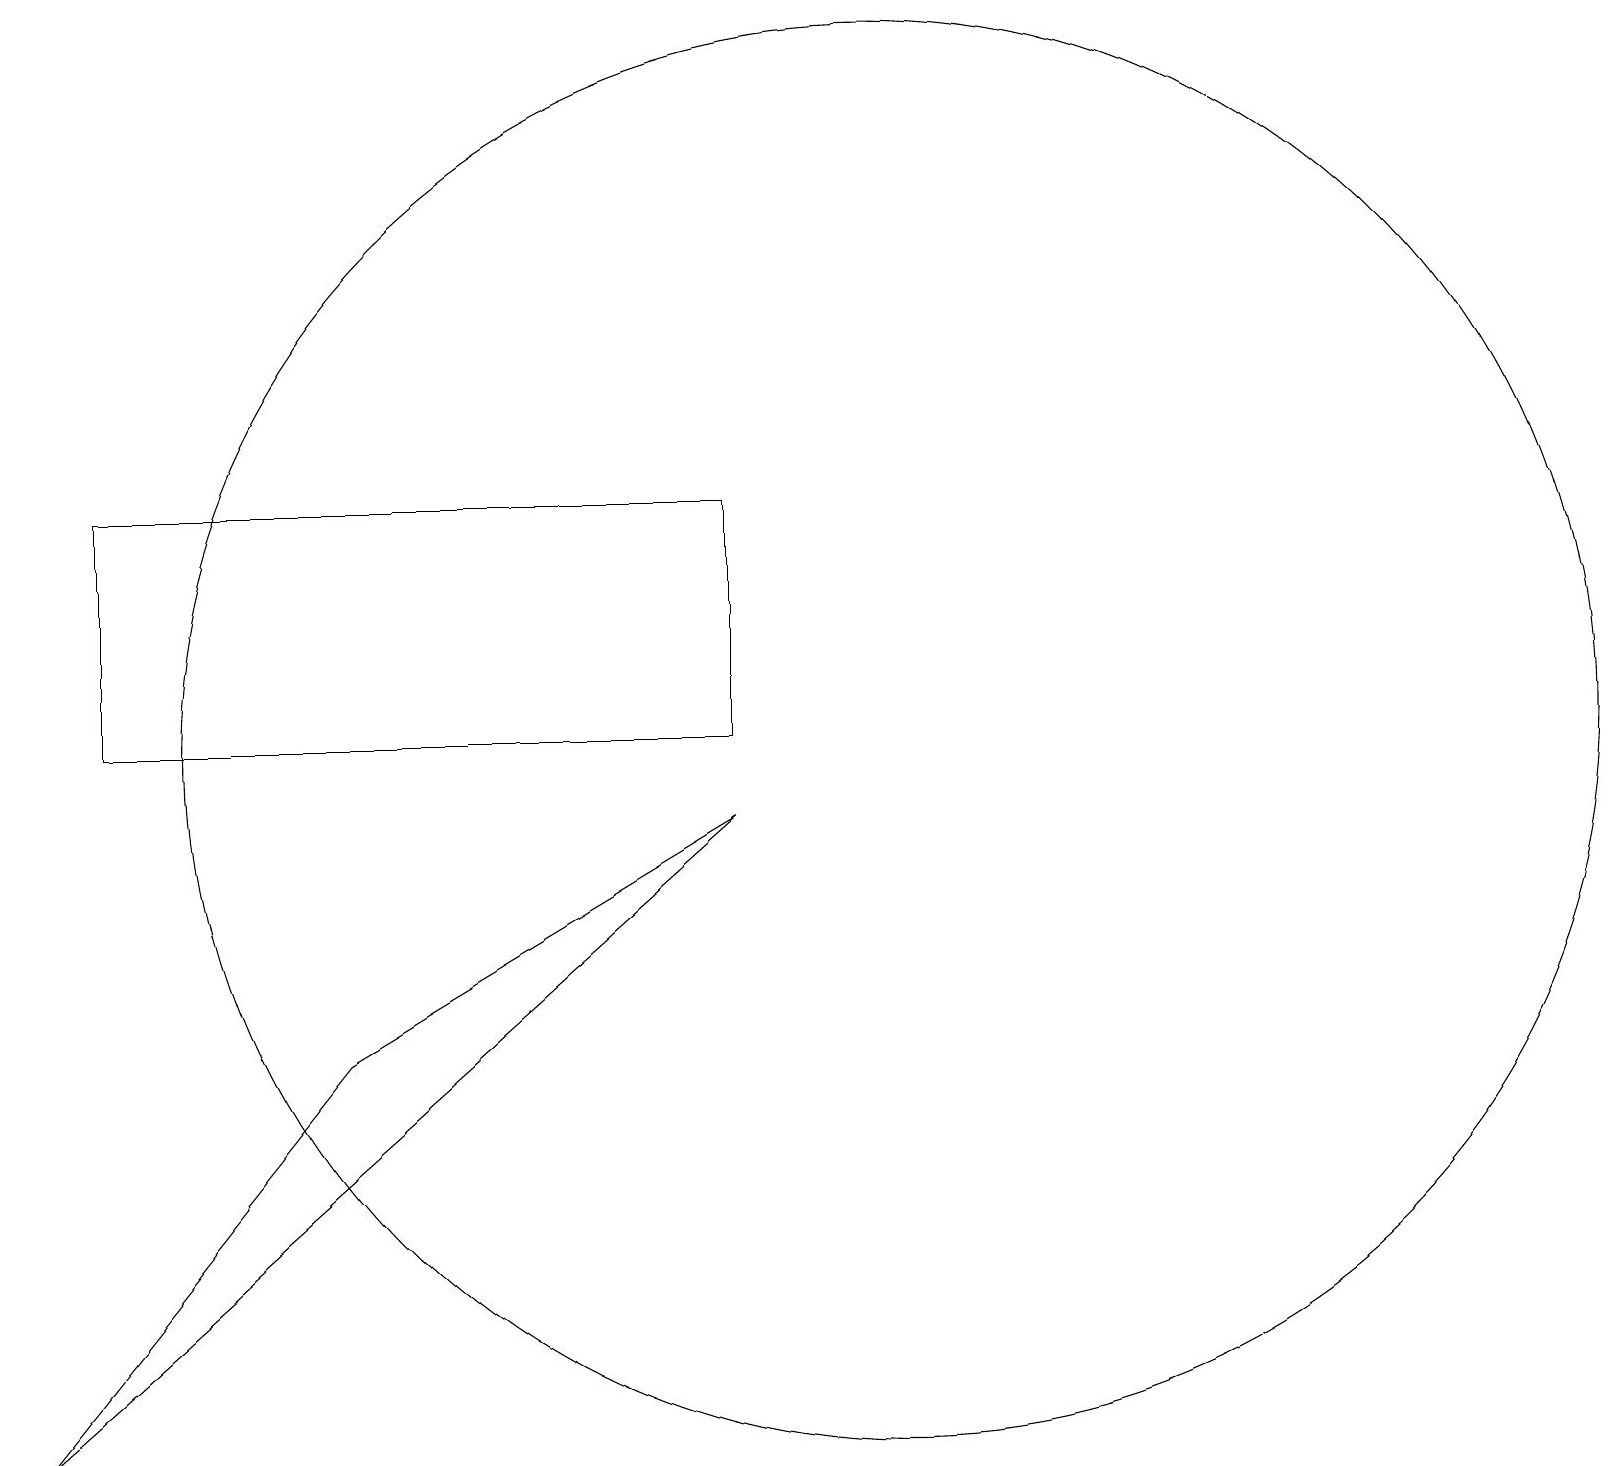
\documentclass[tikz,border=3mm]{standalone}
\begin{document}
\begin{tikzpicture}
\draw (0,1) -- (4,6) -- (9,9) -- cycle;
\draw (1,10) rectangle (9,13);
\draw (11,10) circle (9);
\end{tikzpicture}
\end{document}